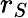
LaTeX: r_{S}